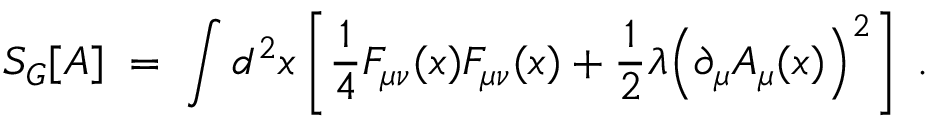
S _ { G } [ A ] \; = \; \int d ^ { 2 } x \left[ \frac { 1 } { 4 } F _ { \mu \nu } ( x ) F _ { \mu \nu } ( x ) + \frac { 1 } { 2 } \lambda \Big ( \partial _ { \mu } A _ { \mu } ( x ) \Big ) ^ { 2 } \right] \; .